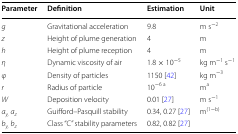
| Parameter | Definition | Estimation | Unit |
 | --- | --- | --- | --- |
 | g | Gravitational acceleration | 9.8 | m s−2 |
 | z | Height of plume generation | 4 | m |
 | h | Height of plume reception | 4 | m |
 | η | Dynamic viscosity of air | 1.8 × 10−5 | kg m−1 s−1 |
 | φ | Density of particles | 1150 [42] | kg m−3 |
 | r | Radius of particle | 10−6 a | ma |
 | W | Deposition velocity | 0.01 [27] | m s−1 |
 | ay,az | Guifford–Pasquill stability | 0.34, 0.27 [27] | m(1−b) |
 | by,bz | Class “C” stability parameters | 0.82, 0.82 [27] |  |